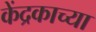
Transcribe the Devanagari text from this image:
केंद्रकाच्या